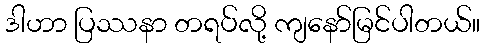
ဒါဟာ ပြဿနာ တရပ်လို့ ကျနော်မြင်ပါတယ်။